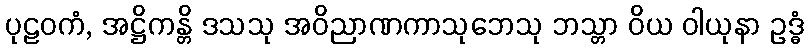
ပုဠဝကံ, အဋ္ဌိကန္တိ ဒသသု အဝိညာဏကာသုဘေသု ဘသ္တာ ဝိယ ဝါယုနာ ဥဒ္ဓံ